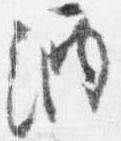
酒